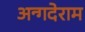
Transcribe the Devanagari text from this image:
अन्गदेराम